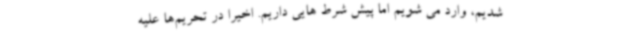
شدیم، وارد می شویم اما پیش شرط هایی داریم. اخیرا در تحریم‌ها علیه